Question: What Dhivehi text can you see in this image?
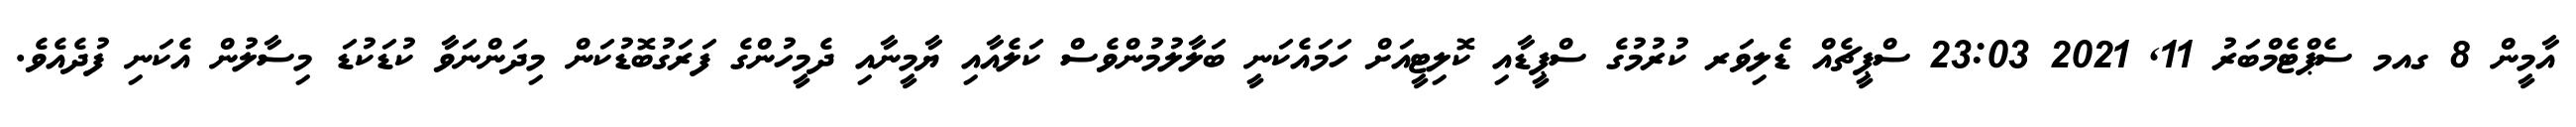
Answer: އާމީން 8 ގއމ ސެޕްޓެމްބަރު 11, 2021 23:03 ސްޕީޗެއް ޑެލިވަރ ކުރުމުގެ ސްޕީޑާއި ކޮލިޓީއަށް ހަމައެކަނީ ބަލާލުމުންވެސް ކަލެއާއި ޔާމީނާއި ދެމީހުންގެ ފަރަގުބޮޑުކަން މިދަންނަވާ ކުޑަކުޑަ މިސާލުން އެކަނި ފުދެއެވެ.